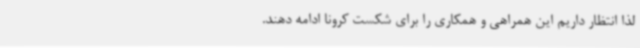
لذا انتظار داریم این همراهی و همکاری را برای شکست کرونا ادامه دهند.